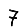
Digit: 7